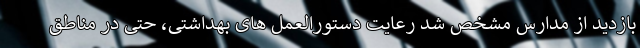
بازدید از مدارس مشخص شد رعایت دستورالعمل های بهداشتی، حتی در مناطق